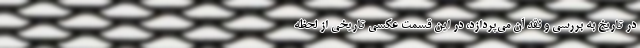
در تاریخ به بررسی و نقد آن می‌پردازد، در این قسمت عکسی تاریخی از لحظه